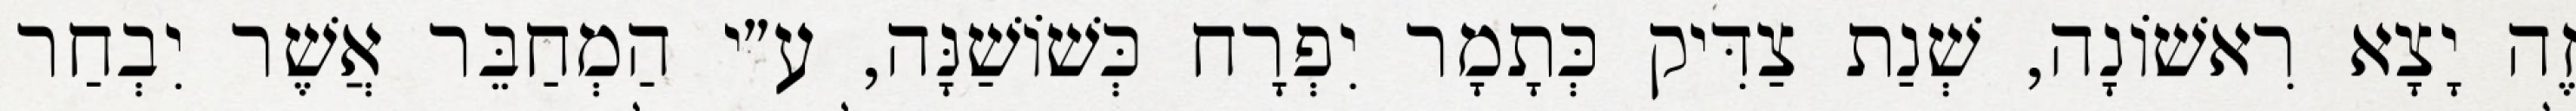
זֶה יָצָא רִאשׁוֹנָה, שְׁנַת צַדִּיק כְּתָמָר יִפְרָח כְּשׁוֹשַׁנָּה, ע״י הַמְחַבֵּר אֲשֶׁר יִבְחַר